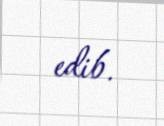
edib.